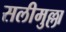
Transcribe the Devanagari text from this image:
सलीमुल्ला